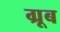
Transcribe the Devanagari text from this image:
ग्रूब